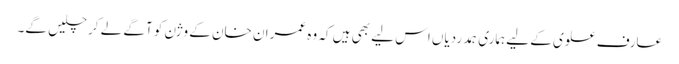
عارف علوی کے لیے ہماری ہمدردیاں اس لیے بھی ہیں کہ وہ عمران خان کے وژن کو آگے لے کر چلیں گے۔